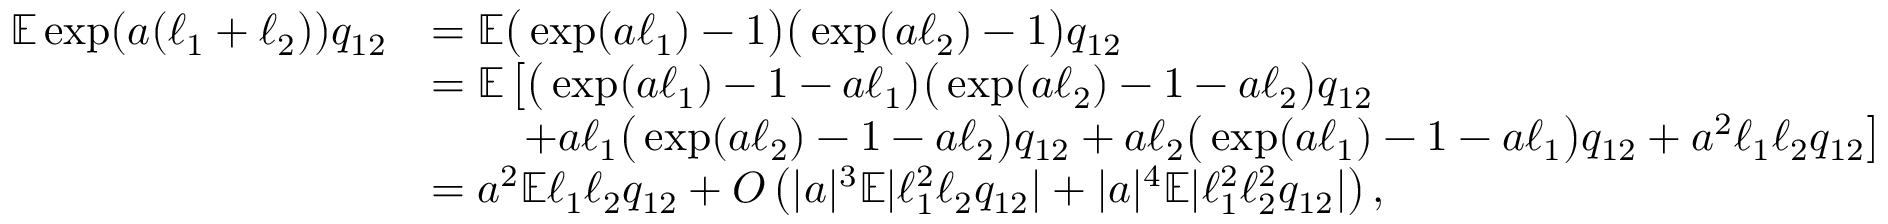
\begin{array} { r l } { \mathbb { E } \exp ( a ( \ell _ { 1 } + \ell _ { 2 } ) ) q _ { 1 2 } } & { = \mathbb { E } \big ( \exp ( a \ell _ { 1 } ) - 1 \big ) \big ( \exp ( a \ell _ { 2 } ) - 1 \big ) q _ { 1 2 } } \\ & { = \mathbb { E } \left[ \big ( \exp ( a \ell _ { 1 } ) - 1 - a \ell _ { 1 } \big ) \big ( \exp ( a \ell _ { 2 } ) - 1 - a \ell _ { 2 } \big ) q _ { 1 2 } \right. } \\ & { \qquad \left. + a \ell _ { 1 } \big ( \exp ( a \ell _ { 2 } ) - 1 - a \ell _ { 2 } \big ) q _ { 1 2 } + a \ell _ { 2 } \big ( \exp ( a \ell _ { 1 } ) - 1 - a \ell _ { 1 } \big ) q _ { 1 2 } + a ^ { 2 } \ell _ { 1 } \ell _ { 2 } q _ { 1 2 } \right] } \\ & { = a ^ { 2 } \mathbb { E } \ell _ { 1 } \ell _ { 2 } q _ { 1 2 } + O \left( | a | ^ { 3 } \mathbb { E } | \ell _ { 1 } ^ { 2 } \ell _ { 2 } q _ { 1 2 } | + | a | ^ { 4 } \mathbb { E } | \ell _ { 1 } ^ { 2 } \ell _ { 2 } ^ { 2 } q _ { 1 2 } | \right) , } \end{array}